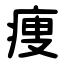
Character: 痩